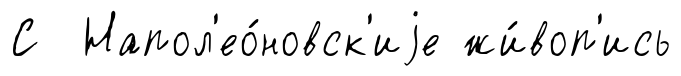
С Напол'ео́новск'иjе жи́воп'ись